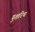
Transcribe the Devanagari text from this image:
पुशरिथ